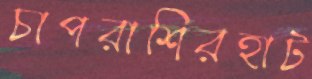
চাপরাশিরহাট